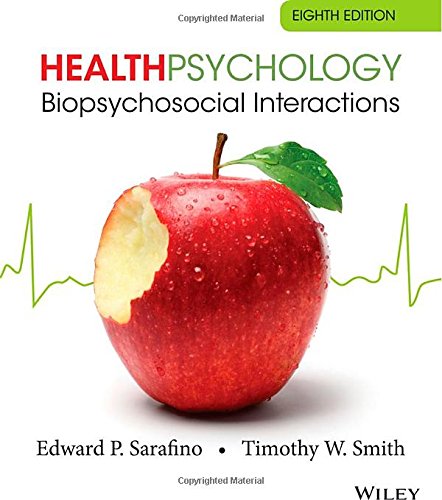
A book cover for Health Psychology: Biopsychosocial Interactions; Edward P. Sarafino; Medical Books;